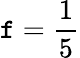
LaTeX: \mathtt{f}=\frac{1}{5}